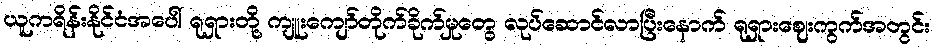
ယူကရိန်းနိုင်ငံအပေါ် ရုရှားတို့ ကျူးကျော်တိုက်ခိုက်မှုတွေ လုပ်ဆောင်လာပြီးနောက် ရုရှားဈေးကွက်အတွင်း